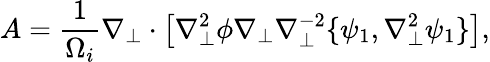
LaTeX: A=\frac{1}{\Omega_{i}}\nabla_{\perp}\cdot\left[\nabla_{\perp}^{2}\phi\nabla_{\perp}\nabla_{\perp}^{-2}\{ \psi_{1},\nabla_{\perp}^{2}\psi_{1}\} \right],